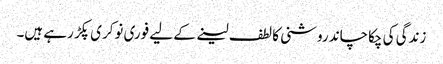
زندگی کی چکاچاند روشنی کا لطف لینے کے لیے فوری نوکری پکڑ رہے ہیں۔